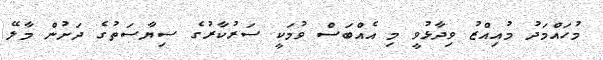
މުހައްމަދު މުއިއްޒު ވިދާޅުވީ މި އެއްބަސް ވުމަކީ ސަރުކާރުގެ ސިޔާސަތުގެ ދަށުން މާލޭ